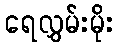
ရေလွှမ်းမိုး